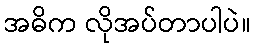
အဓိက လိုအပ်တာပါပဲ။